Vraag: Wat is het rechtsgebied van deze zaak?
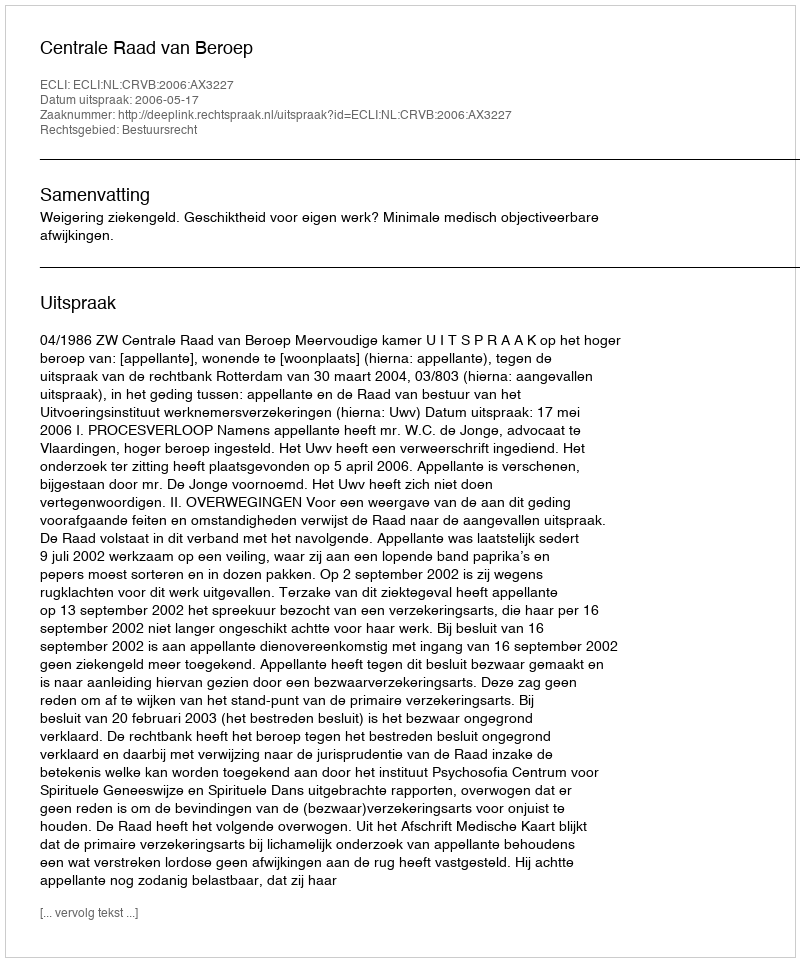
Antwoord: Bestuursrecht